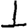
Digit: 1